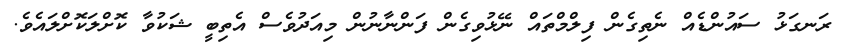
ރަނގަޅު ސައުންޑެއް ނެތިގެން ފިލްމްތައް ނޭޅުވިގެން ފަންނާނުން މިއަދުވެސް އެތިބީ ޝަކުވާ ކޮށްލަކޮށްލައެވެ.